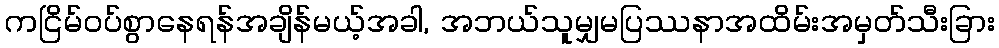
ကငြိမ်ဝပ်စွာနေရန်အချိန်မယ့်အခါ, အဘယ်သူမျှမပြဿနာအထိမ်းအမှတ်သီးခြား